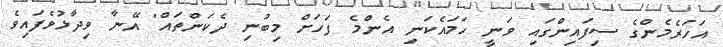
އަހަރެމެންގެ ސިފައިންގައި ވަނީ ހަމައެކަނި އެންމެ ފަހަށް މިބުނި ދެކަންތައް" އޭނާ ވިދާޅުވެފައިވެ